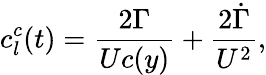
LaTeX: c_{l}^{c}(t)=\frac{2\Gamma}{Uc(y)}+\frac{2\dot{\Gamma}}{U^{2}},